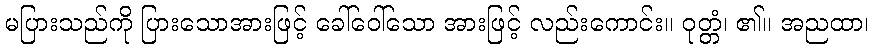
မပြားသည်ကို ပြားသောအားဖြင့် ခေါ်ဝေါ်သော အားဖြင့် လည်းကောင်း။ ဝုတ္တံ၊ ၏။ အညထာ၊